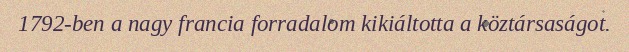
1792-ben a nagy francia forradalom kikiáltotta a köztársaságot.